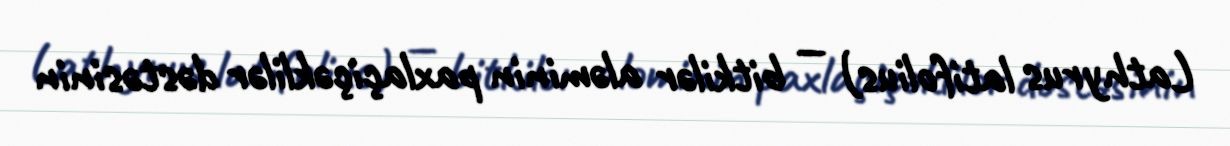
Lathyrus latifolius) — bitkilər aləminin paxlaçiçəklilər dəstəsinin